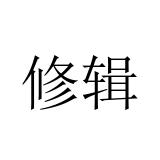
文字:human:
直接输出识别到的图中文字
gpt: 修辑